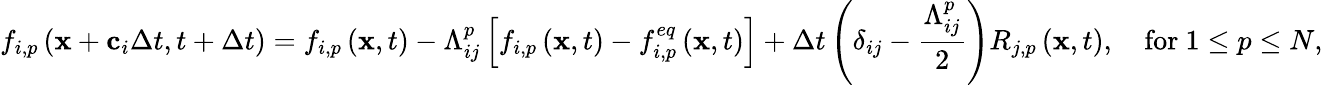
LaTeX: f_{i,p}\left(\mathbf{x}+\mathbf{c}_{i}\Delta t,t+\Delta t\right)=f_{i,p}\left(\mathbf{x},t\right)-\Lambda_{ij}^{p}\left[f_{i,p}\left(\mathbf{x},t\right)-f_{i,p}^{eq}\left(\mathbf{x},t\right)\right]+\Delta t\left(\delta_{ij}-\frac{\Lambda_{ij}^{p}}{2}\right)R_{j,p}\left(\mathbf{x},t\right),\quad\mathrm{for~}1\leq p\leq N,